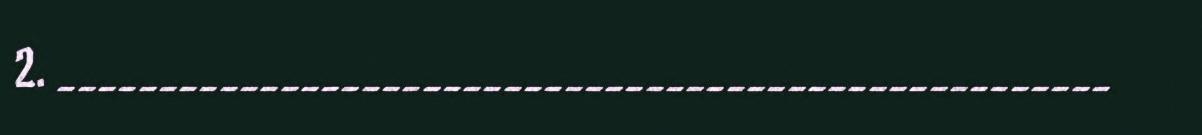
2. ____________________________________________________